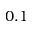
0 . 1